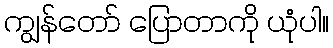
ကျွန်တော် ပြောတာကို ယုံပါ။